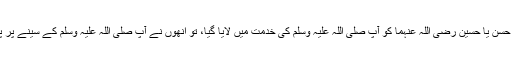
(ایک مرتبہ) حسن یا حسین رضی اللہ عنہما کو آپ صلی اللہ علیہ وسلم کی خدمت میں لایا گیا، تو انھوں نے آپ صلی اللہ علیہ وسلم کے سینے پر پیشاب کر دیا۔